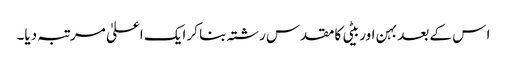
ا س کے بعد بہن اور بیٹی کا مقدس رشتہ بنا کر ایک اعلیٰ مرتبہ دیا۔